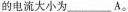
的电流大小为___A。